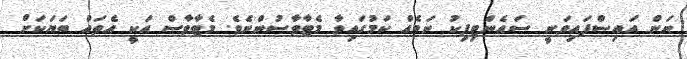
ނަން އައިސްފައިވަނީ ސައެންޓިފިކު ނަމެއް ކަމުގައިވާ މެޓާވާސުންނެވެ. މެޓާވާސް އަކީ އެތައް ބަޔަކަށް